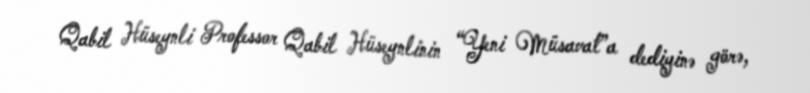
Qabil Hüseynli Professor Qabil Hüseynlinin “Yeni Müsavat”a dediyinə görə,